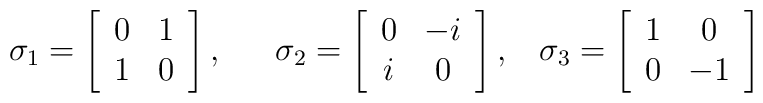
\sigma _{1}=\left[ \begin{array}{cc}0 & 1 \\ 1 & 0\end{array}\right] ,\;\;\ \ \ \sigma _{2}=\left[ \begin{array}{cc}0 & -i \\ i & 0\end{array}\right] ,\;\;\;\sigma _{3}=\left[ \begin{array}{cc}1 & 0 \\ 0 & -1\end{array}\right]